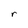
Character: r